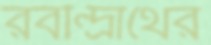
রবীন্দ্রাথের